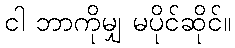
ငါ ဘာကိုမျှ မပိုင်ဆိုင်။